Report on vaccination in the Province of Bengal - 1869-1873
Year: 1869
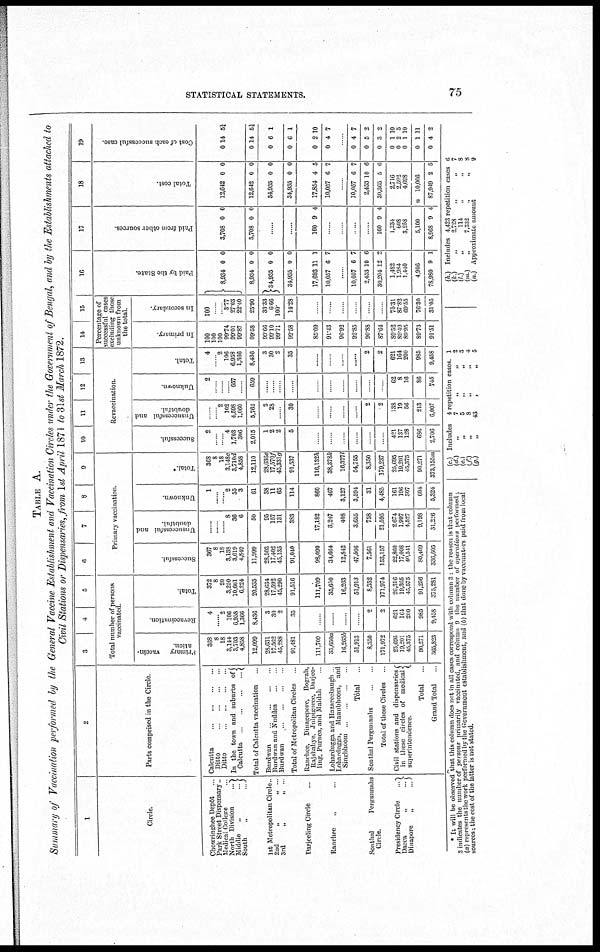
STATISTICAL STATEMENTS.
75
TABLE A.
Summary of Vaccination performed by the General Vaccine Establishment and Vaccination Circles under the Government of Bengal, and by the Establishments attached to
Civil Stations or Dispensaries, from 1st April 1871 to 31st March 1872.
1
Circle.
Chowringhee Depôt ...
Park Street Dispensary...
Medical College ...
North Division
...
Middle
„
...
South
„
...
1st Metropolitan Circle ...
2nd
„
„ ...
3rd
„
„ ...
Darjeehng Circle ...
Ranchee
„ ...
Sonthal Pergunnahs
Circle.
Presidency Circle
...
Dacca
„
...
Dumpore
„
...
2
Parts comprised in the Circle.
Calcutta
...
...
...
...
Ditto ... ... ... ...
Ditto
...
...
...
...
In the town and suburbs of
Calcutta ... ... ... ...
Total of Calcutta vaccination ...
Burdwan
...
...
...
Burdwan and Nuddea ... ...
Burdwan ... ... ... ...
Total of Metropolitan Circles ...
Ranchee, Dmasrepore,
Boprah,
Rajshahye, Julpigoree, Darjee¬
ling, Purnca, and Maldah ...
Lohardugga and Haznreebaugh ...
Lohardugga, Maunbhoom, and
Singbhoom ... ... ... ...
Total ...
Sonthal Pergunnahs ... ...
Total of these Circles ...
Civil stations and dispensaries
in these circles of medical
superintendence.
Total ...
Grand Total ...
3
4
5
Total number of persons
vaccinated.
Primary
vaccin-
ation.
368
8
18
3,144 3,703
4,858
12,099
28,631
17,502
43,288
91,481
111,709
35,650a
16,263b
51,913
8,330
171,972
25,695
19,201
45,375
90,271
365,823
Revaccination.
4
......
2
106 6,958
1,366
8,436
3
30
2
35
......
......
......
......
2
2
621
164
200
985
9,458
Total.
372
8
20
3,205 10,661
6,224
20,535
28,634
17,592
45,290
91,516
111,709
35,650
16,263
51,913
8,352
171,974
26,316
19,365
45,575
91,256
375,281
6
7
8
9
Primary vaccination.
Successful.
367
8
18
3,138 3,619
4,849
11,999
28,503
17,402
45,135
91,040
98,090
34,664
12,842
47,506
7,561
153,157
22,860
17,008
40,541
80,409
336,605
Unsuccessful and
doubtful.
......
......
......
8 36
6
50
95
157
131
383
17,182
3,247
408
3,655
758
21,595
2,674
1,997
4,527
9,198
31,226
Unknown.
1
......
......
2 55
3
61
38
11
65
114
860
467
3,127
3,594
31
4,485
161
196
307
604
5,324
Total.
*
368
8
18
3,148c 3,710d
4,858
12,110
28,636e
17,570f
45,331g
91,537
116,132h
38,378k
16,377l
54,755
8,350
179,237
25,695
19,201
45,375
90,271
373,155m
10
11
12
13
Revaccination.
Successful.
2
......
......
4 1,703
306
2,015
1
2
2
5
......
......
......
......
......
......
421
137
128
686
2,706
Unsuccessful and
doubtful.
......
......
2
102 4,598
1,060
5,762
2
28
......
30
......
......
......
......
2
2
138
19
56
213
6,007
Unknown.
2
......
......
......
657
......
659
......
......
......
......
......
......
......
......
......
......
62
8
16
86
745
Total.
4
......
2
106 6,958
1,366
8,436
3
30
2
35
......
......
......
2
2
621
164
200
985
9,458
14
15
Percentage of
successful cases
excluding those
unknown from
the total.
In primary.
100
100
100
33.74 99.01
99.87
99.58
99.66
99.10
99.71
99.58
85.09
91.43
96.92
92.85
90.88
87.64
89.52
89.49
89.95
89.73
91.51
In secondary.
100
......
......
3.77 27.03
22.40
25.90
33.33
6.66
100.
14.28
......
......
......
......
......
......
75.31
87.82
69.55
76.30
31.05
16
Paid by the State.
8,934
8,934
34,935
34,935
17,693
10,057
0
0
0
0
11
6
0
0
0
0
1
7
......
10,057
2,453
30,204
6
10
12
7
6
2
1,482
1,984
1,440
4,906
78,980 9 1
17
Paid from other sources.
3,708
3,708
0
0
0
0
......
......
160 9 4
......
......
......
......
160 9 4
1,234
608
3,258
5,100
8,968 9 4
18
Total cost.
12,642
12,642
34,935
34,935
17,854
10,057
0
0
0
0
4
6
0
0
0
0
5
7
......
10,057
2,453
30,365
6
10
5
7
6
6
2,716
2,392
4,698
n 10,006
87,949 2 5
19
Cost of each successful case.
0
0
0
0
0
0
14
14
6
6
2
4
5½
5¼
1
1
10
7
......
0
0
0
0
0
0
0
0
4
5
3
1
2
1
1
4
7
2
2
10
5
10
11
2
* It will be observed that this column does not in all cases correspond with column 3 the reason is that column
3 indicates the number of persons primarily vaccinated, and column 9 the number of operations perfomed ;
(a) represents the work performed by the Government establishment, and (b) that done by vaccinators paid from local
sources, the cost of the latter is not stated.
(c) Includes
4 repetition cases 1
(d)
„
7
„
„
2
(e)
„
5
„
„
3
(f)
„
8
„
„
4
(g)
„
43
„
„
5
(h.) Includes 4,423 repetition cases 6
(k.)
„
2,728
„
„
7
(l.)
„
114
„
„
8
(m.)
„
7,332
„
„
8
(n.) Approximate amount
9